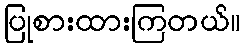
ပြုစားထားကြတယ်။